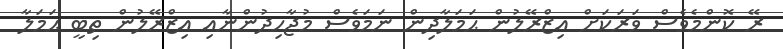
ރޭ ކޮންމެވެސް ވަރަކަށް އިޒްރޭލުން ޙަމަލާދިން ނަމަވެސް މުޖާހިދުންނާއި އިޒްރޭލުން ތިބީ ޙަމަލާ